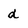
Character: d